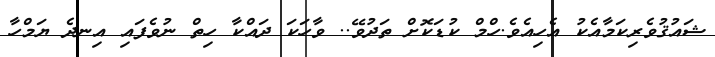
ޝައުޤުވެރިކަމާއެކު އެހިއެވެ.ހްމް ކުޑަކޮށް ތަދުވޭ.. ވާހަކަ ދައްކާ ހިތް ނުވެފައި އިނދެ ޔަމްހާ